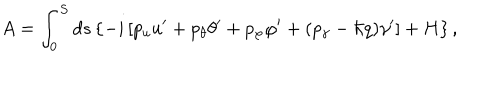
A = \int _ { 0 } ^ { S } d s \left\{ - i \left[ p _ { u } u ^ { \prime } + p _ { \theta } \theta ^ { \prime } + p _ { \varphi } \varphi ^ { \prime } + ( p _ { \gamma } - \hbar q ) \gamma ^ { \prime } \right] + H \right\} ,